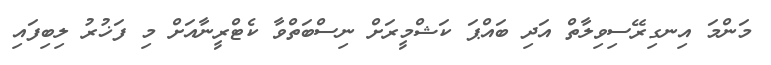
މަންމަ އިނގިރޭސިވިލާތް އަދި ބައްޕަ ކަޝްމީރަށް ނިސްބަތްވާ ކެޓްރީނާއަށް މި ފަޚުރު ލިބިފައި